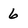
Character: 6